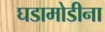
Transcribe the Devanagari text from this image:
घडामोडीना